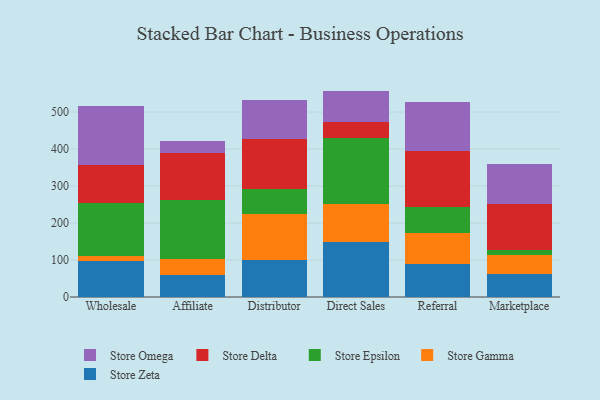
{"axis": {"x": "Channel", "y": "Gross Profit (USD K)"}, "legend": ["Store Delta", "Store Epsilon", "Store Gamma", "Store Omega", "Store Zeta"], "data": [{"x": "Wholesale", "y": 96.5, "type": "Store Zeta"}, {"x": "Wholesale", "y": 13.7, "type": "Store Gamma"}, {"x": "Wholesale", "y": 143.9, "type": "Store Epsilon"}, {"x": "Wholesale", "y": 102.4, "type": "Store Delta"}, {"x": "Wholesale", "y": 159.8, "type": "Store Omega"}, {"x": "Affiliate", "y": 58.4, "type": "Store Zeta"}, {"x": "Affiliate", "y": 45.1, "type": "Store Gamma"}, {"x": "Affiliate", "y": 158.3, "type": "Store Epsilon"}, {"x": "Affiliate", "y": 127.0, "type": "Store Delta"}, {"x": "Affiliate", "y": 33.4, "type": "Store Omega"}, {"x": "Distributor", "y": 100.3, "type": "Store Zeta"}, {"x": "Distributor", "y": 125.1, "type": "Store Gamma"}, {"x": "Distributor", "y": 65.4, "type": "Store Epsilon"}, {"x": "Distributor", "y": 136.3, "type": "Store Delta"}, {"x": "Distributor", "y": 105.2, "type": "Store Omega"}, {"x": "Direct Sales", "y": 148.3, "type": "Store Zeta"}, {"x": "Direct Sales", "y": 102.7, "type": "Store Gamma"}, {"x": "Direct Sales", "y": 178.8, "type": "Store Epsilon"}, {"x": "Direct Sales", "y": 44.1, "type": "Store Delta"}, {"x": "Direct Sales", "y": 83.4, "type": "Store Omega"}, {"x": "Referral", "y": 89.6, "type": "Store Zeta"}, {"x": "Referral", "y": 82.9, "type": "Store Gamma"}, {"x": "Referral", "y": 70.1, "type": "Store Epsilon"}, {"x": "Referral", "y": 153.1, "type": "Store Delta"}, {"x": "Referral", "y": 132.4, "type": "Store Omega"}, {"x": "Marketplace", "y": 63.4, "type": "Store Zeta"}, {"x": "Marketplace", "y": 49.4, "type": "Store Gamma"}, {"x": "Marketplace", "y": 14.5, "type": "Store Epsilon"}, {"x": "Marketplace", "y": 123.5, "type": "Store Delta"}, {"x": "Marketplace", "y": 110.0, "type": "Store Omega"}]}